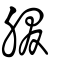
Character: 腏